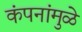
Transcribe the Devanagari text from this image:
कंपनांमुळे